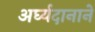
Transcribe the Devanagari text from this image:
अर्घ्यदानाने